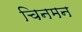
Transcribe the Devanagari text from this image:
चिनमन